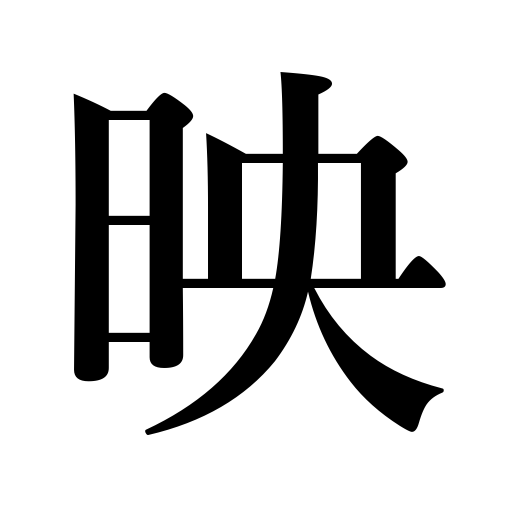
Meanings: look attractive,duplicate,picture,reproduce,describe,be becoming,harmonize,be taken a photo,reflecting,match,shine,transcribe,projection,copy,trace,be reflected,be brilliant,photograph